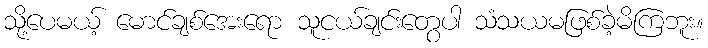
သို့ပေမယ့် မောင်ချစ်အေးရော သူငယ်ချင်းတွေပါ သံသယမဖြစ်ခဲ့မိကြဘူး။